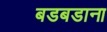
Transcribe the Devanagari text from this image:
बडबडाना